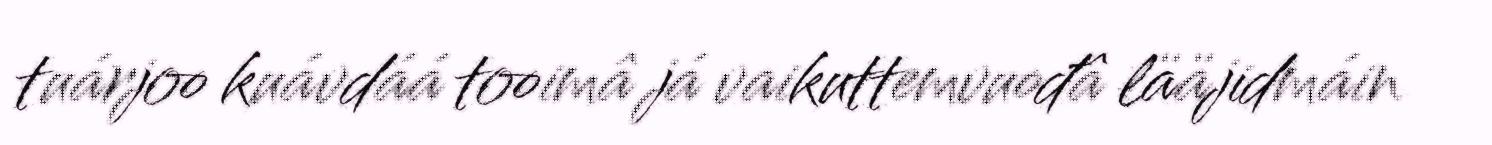
tuárjoo kuávdáá tooimâ já vaikuttemvuođâ lääjidmáin